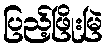
ပြည့်ဖြိုးမြဲ